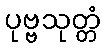
ပုဗ္ဗသုတ္တံ